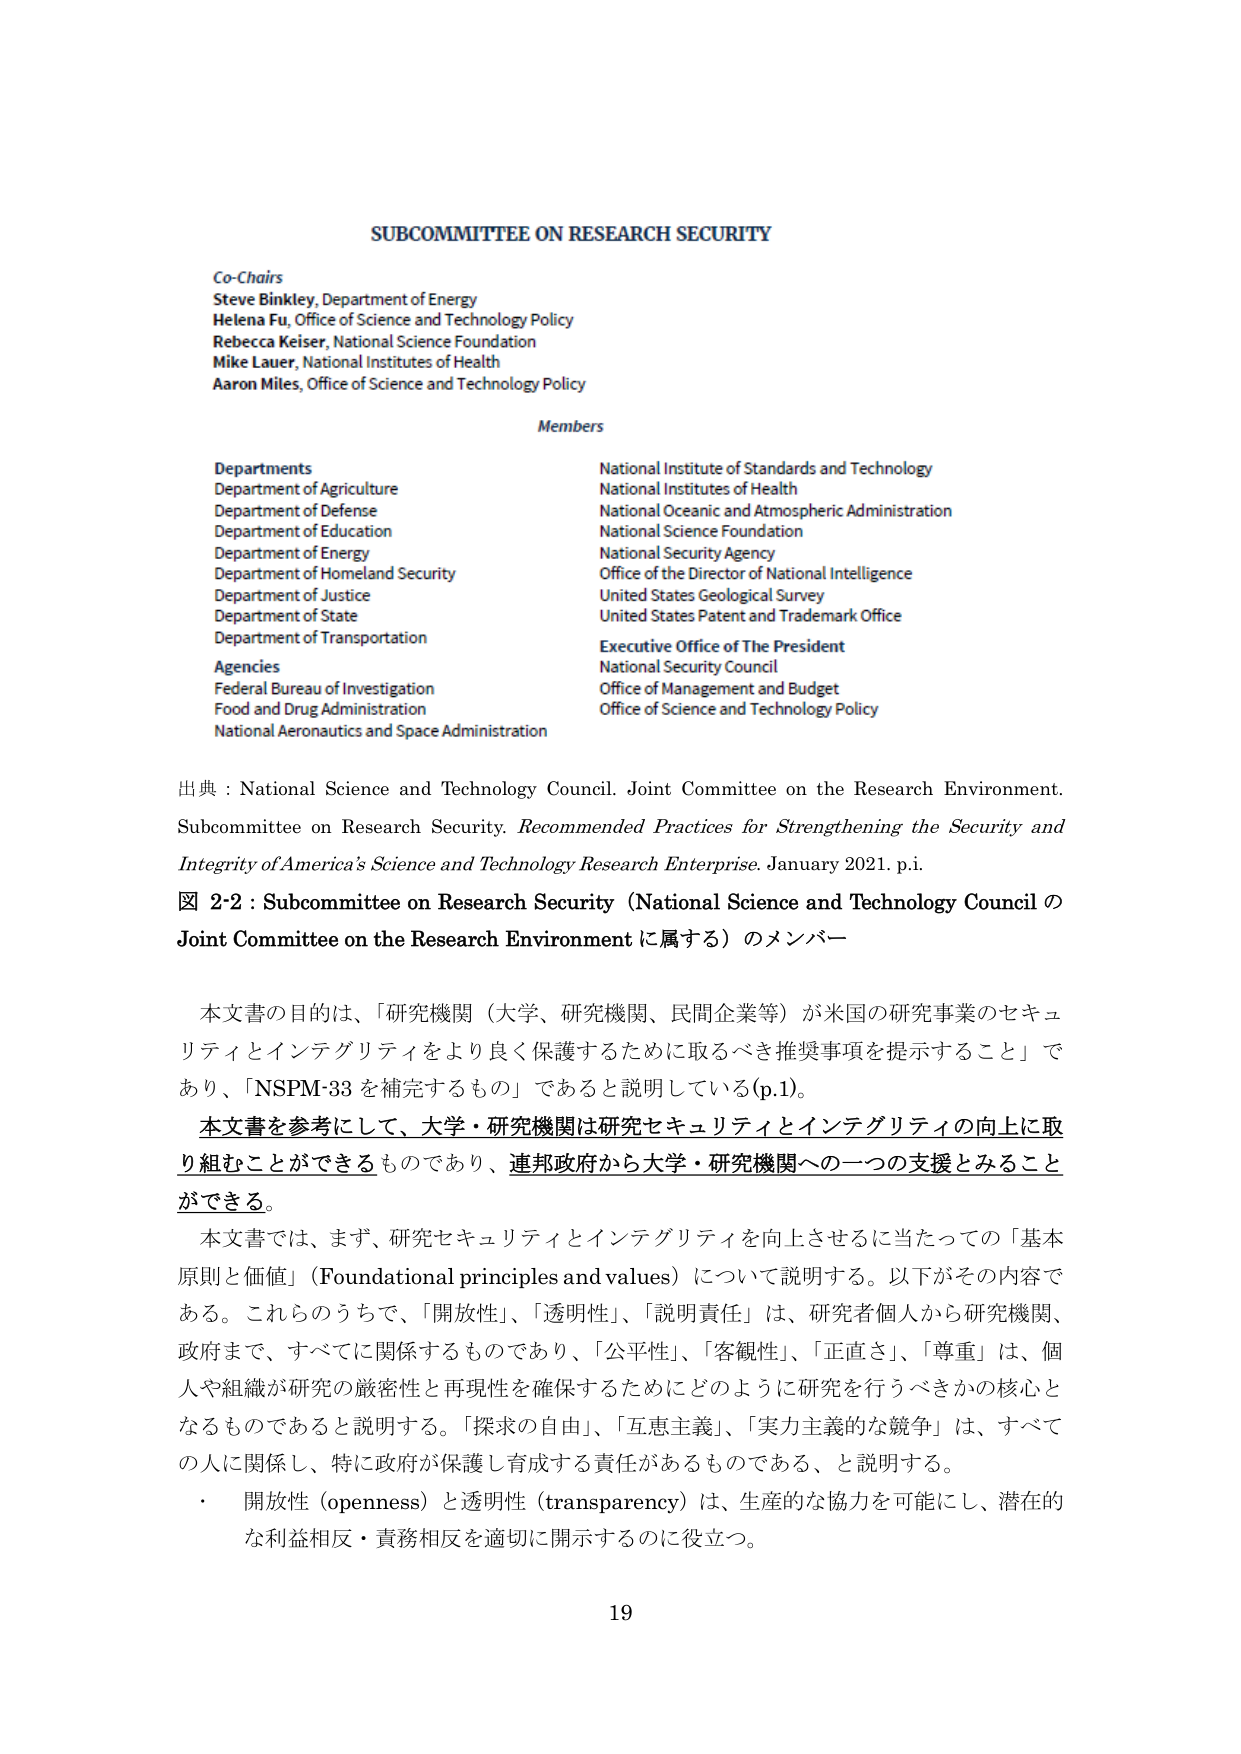
SUBCOMMITTEE ON RESEARCH SECURITY

Co-Chairs
Steve Binkley, Department of Energy
Helena Fu, Office of Science and Technology Policy
Rebecca Keiser, National Science Foundation
Mike Lauer, National Institutes of Health
Aaron Miles, Office of Science and Technology Policy

Members

Departments
Department of Agriculture
Department of Defense
Department of Education
Department of Energy
Department of Homeland Security
Department of Justice
Department of State
Department of Transportation

Agencies
Federal Bureau of Investigation
Food and Drug Administration
National Aeronautics and Space Administration

National Institute of Standards and Technology
National Institutes of Health
National Oceanic and Atmospheric Administration
National Science Foundation
National Security Agency
Office of the Director of National Intelligence
United States Geological Survey
United States Patent and Trademark Office
Executive Office of The President
National Security Council
Office of Management and Budget
Office of Science and Technology Policy

出典：National Science and Technology Council. Joint Committee on the Research Environment. Subcommittee on Research Security. Recommended Practices for Strengthening the Security and Integrity of America’s Science and Technology Research Enterprise. January 2021. p.i.

図 2-2：Subcommittee on Research Security (National Science and Technology Council の Joint Committee on the Research Environment に属する) のメンバー

本文書の目的は、「研究機関（大学、研究機関、民間企業等）が米国の研究事業のセキュリティとインテグリティをより良く保護するために取るべき推奨事項を提示すること」であり、「NSPM-33 を補完するもの」であると説明している(p.1)。

本文書を参考にして、大学・研究機関は研究セキュリティとインテグリティの向上に取り組むことができるものであり、連邦政府から大学・研究機関への一つの支援とみることができる。

本文書では、まず、研究セキュリティとインテグリティを向上させるに当たっての「基本原則と価値」（Foundational principles and values）について説明する。以下がその内容である。これらのうちで、「開放性」、「透明性」、「説明責任」は、研究者個人から研究機関、政府まで、すべてに関係するものであり、「公平性」、「客観性」、「正直さ」、「尊重」は、個人や組織が研究の厳密性と再現性を確保するためにどのように研究を行うべきかの核心となるものであると説明する。「探求の自由」、「互恵主義」、「実力主義的な競争」は、すべての人に関係し、特に政府が保護し育成する責任があるものである、と説明する。

・ 開放性（openness）と透明性（transparency）は、生産的な協力を可能にし、潜在的な利益相反・責務相反を適切に開示するのに役立つ。

19